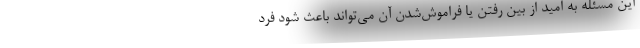
این مسئله به امید از بین رفتن یا فراموش‌شدن آن می‌تواند باعث شود فرد